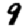
Digit: 9